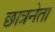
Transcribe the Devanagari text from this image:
छात्रनेता